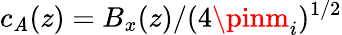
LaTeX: c_{\mathit{A}}(z)=B_{x}(z)/(4\pinm_{i})^{1/2}